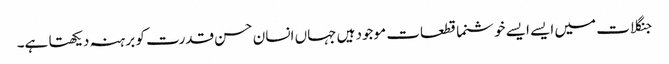
جنگلات میں ایسے ایسے خوشنما قطعات موجود ہیں جہاں انسان حسن قدرت کو برہنہ دیکھتا ہے۔